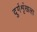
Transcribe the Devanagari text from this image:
दुर्गशृंखला